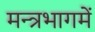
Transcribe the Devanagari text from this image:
मन्त्रभागमें